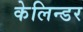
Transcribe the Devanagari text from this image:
केलिन्डर